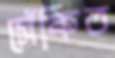
সেঁকিত